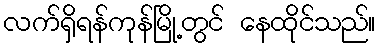
လက်ရှိရန်ကုန်မြို့တွင် နေထိုင်သည်။